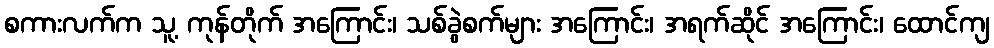
စကားလက်က သူ့ ကုန်တိုက် အကြောင်း၊ သစ်ခွဲစက်များ အကြောင်း၊ အရက်ဆိုင် အကြောင်း၊ ထောင်ကျ